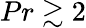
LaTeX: Pr\gtrsim 2